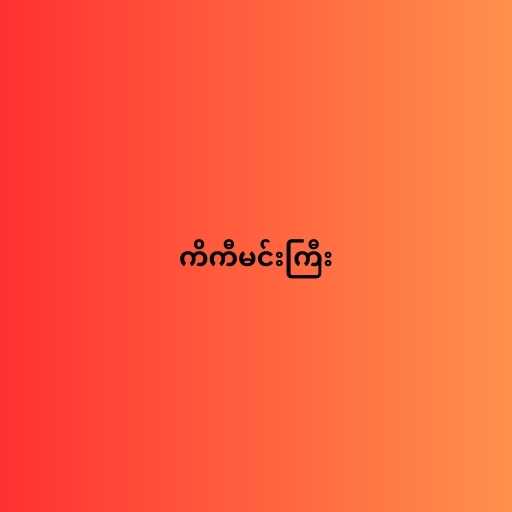
ကိကီမင်းကြီး